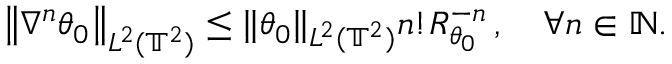
\begin{array} { r } { \mathopen { } \mathclose \bgroup \left\| \nabla ^ { n } \theta _ { 0 } \aftergroup \egroup \right\| _ { L ^ { 2 } ( \ensuremath { \mathbb { T } } ^ { 2 } ) } \leq \| \theta _ { 0 } \| _ { L ^ { 2 } ( \ensuremath { \mathbb { T } } ^ { 2 } ) } n ! R _ { \theta _ { 0 } } ^ { - n } \, , \quad \forall n \in \ensuremath { \mathbb { N } } . } \end{array}